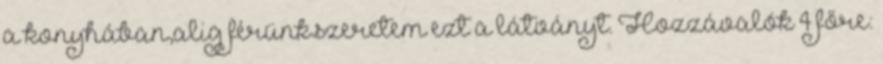
a konyhában,alig férünk.szeretem ezt a látványt. Hozzávalók 4 főre: